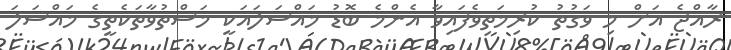
ރާއްޖެ އަށް މި ވަގުތު ކުރިމަތިވެފައިވާ އެންމެ ބޮޑު މައްސަލައަކީ މަސްތުވާތަކެތީގެ މައްސަލަ